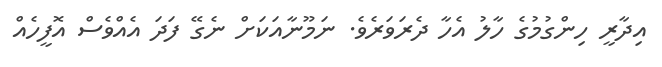
އިދާރީ ހިންގުމުގެ ހާލު އެހާ ދެރަވަރެވެ. ނަމޫނާއަކަށް ނެގޭ ފަދަ އެއްވެސް އޮފީހެއް